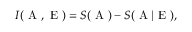
I ( \mathrm { ~ A ~ } , \mathrm { ~ E ~ } ) = S ( \mathrm { ~ A ~ } ) - S ( \mathrm { ~ A ~ } | \mathrm { ~ E ~ } ) ,